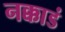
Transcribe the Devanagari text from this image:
नक्काडं